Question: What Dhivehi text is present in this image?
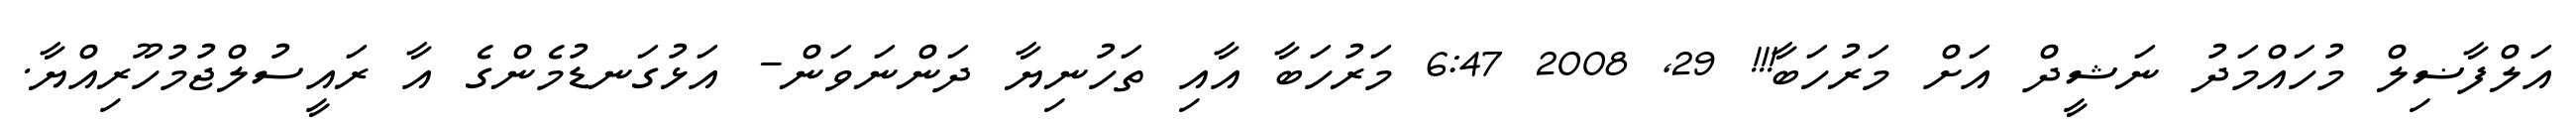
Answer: އަލްފާޟިލް މުހައްމަދު ނަޝީދް އަށް މަރުހަބާ!!! 29, 2008 6:47 މަރުހަބާ އާއި ތަހުނިޔާ ދަންނަވަން- އަޅުގަނޑުމެންގެ އާ ރައީސުލްޖުމުހޫރިއްޔާ.